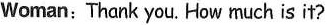
Woman: Thank you. How much is it?